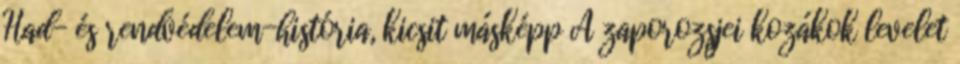
Had- és rendvédelem-história, kicsit másképp A zaporozsjei kozákok levelet